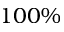
1 0 0 \%